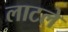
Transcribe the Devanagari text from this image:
लाटले